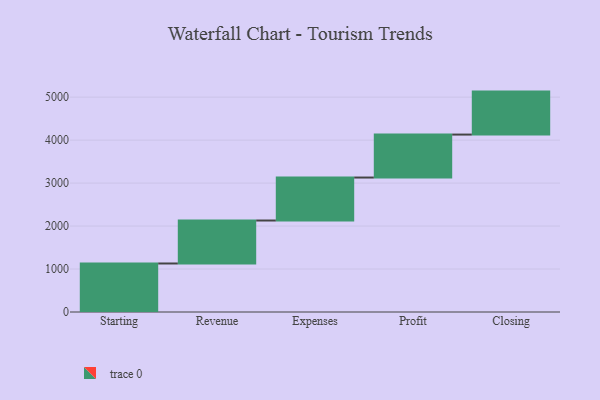
{"axis": {"x": "Step", "y": "Value"}, "legend": [""], "data": [{"x": "Starting", "y": 1129.0, "type": ""}, {"x": "Revenue", "y": 1000, "type": ""}, {"x": "Expenses", "y": 1000, "type": ""}, {"x": "Profit", "y": 1000, "type": ""}, {"x": "Closing", "y": 1000, "type": ""}]}